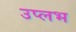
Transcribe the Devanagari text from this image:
उप्लभ